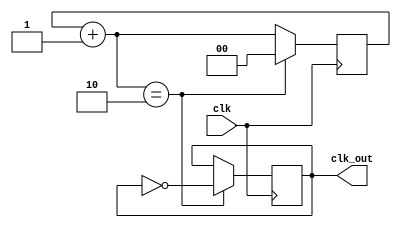
module frequency_div4(clk, clk_out);
 
input clk;
output clk_out;
 
reg [1:0] r_reg;
wire [1:0] r_nxt;
reg clk_track;
 
always @(posedge clk)
 
begin 
  if (r_nxt == 2'b10)
 	   begin
	     r_reg <= 0;
	     clk_track <= ~clk_track;
	   end
  else 
      r_reg <= r_nxt;
end
 
 assign r_nxt = r_reg+1;   	      
 assign clk_out = clk_track;
 
endmodule